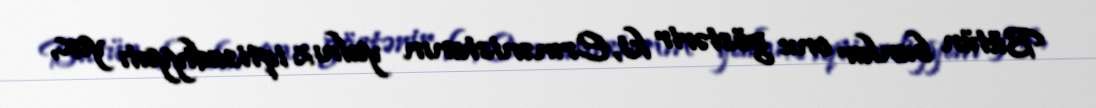
Bütün bunlar onu göstərir ki, Ermənistanın yalnız iqtisadiyyatı yox,